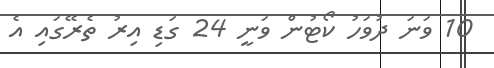
10 ވަނަ ދުވަހު ކޯޓުން ވަނީ 24 ގަޑި އިރު ތެރޭގައި އެ